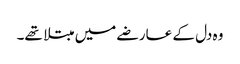
وہ دل کے عارضے میں مبتلا تھے۔